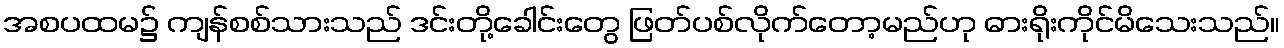
အစပထမ၌ ကျန်စစ်သားသည် ဒင်းတို့ခေါင်းတွေ ဖြတ်ပစ်လိုက်တော့မည်ဟု ဓားရိုးကိုင်မိသေးသည်။